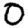
Digit: 0